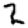
Digit: 2